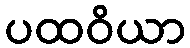
ပထဝိယာ